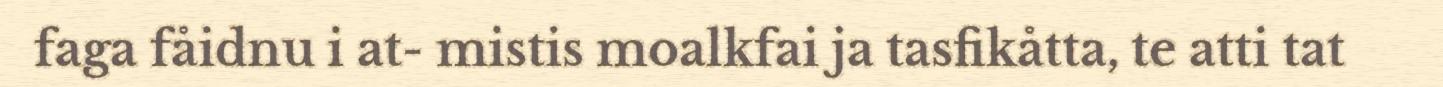
faga fåidnu i at- mistis moalkfai ja tasfikåtta, te atti tat